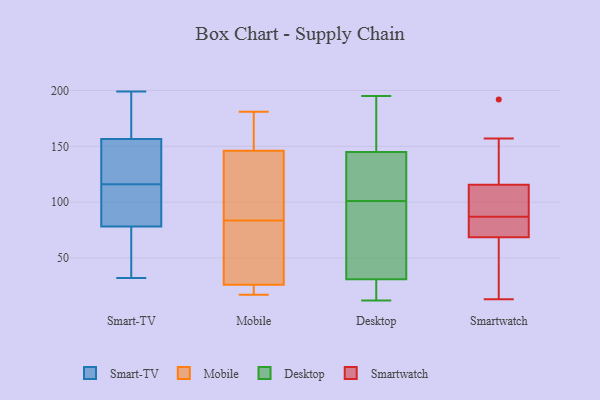
{"axis": {"x": "Customer Acquisition Cost (USD)", "y": "Value"}, "legend": ["Desktop", "Mobile", "Smart-TV", "Smartwatch"], "data": [{"x": "", "y": 135, "type": "Smart-TV"}, {"x": "", "y": 148, "type": "Smart-TV"}, {"x": "", "y": 32, "type": "Smart-TV"}, {"x": "", "y": 65, "type": "Smart-TV"}, {"x": "", "y": 199, "type": "Smart-TV"}, {"x": "", "y": 155, "type": "Smart-TV"}, {"x": "", "y": 161, "type": "Smart-TV"}, {"x": "", "y": 161, "type": "Smart-TV"}, {"x": "", "y": 92, "type": "Smart-TV"}, {"x": "", "y": 54, "type": "Smart-TV"}, {"x": "", "y": 67, "type": "Smart-TV"}, {"x": "", "y": 116, "type": "Smart-TV"}, {"x": "", "y": 116, "type": "Smart-TV"}, {"x": "", "y": 163, "type": "Smart-TV"}, {"x": "", "y": 127, "type": "Smart-TV"}, {"x": "", "y": 90, "type": "Smart-TV"}, {"x": "", "y": 82, "type": "Smart-TV"}, {"x": "", "y": 146, "type": "Mobile"}, {"x": "", "y": 132, "type": "Mobile"}, {"x": "", "y": 104, "type": "Mobile"}, {"x": "", "y": 63, "type": "Mobile"}, {"x": "", "y": 49, "type": "Mobile"}, {"x": "", "y": 181, "type": "Mobile"}, {"x": "", "y": 17, "type": "Mobile"}, {"x": "", "y": 26, "type": "Mobile"}, {"x": "", "y": 23, "type": "Mobile"}, {"x": "", "y": 179, "type": "Mobile"}, {"x": "", "y": 115, "type": "Desktop"}, {"x": "", "y": 31, "type": "Desktop"}, {"x": "", "y": 65, "type": "Desktop"}, {"x": "", "y": 39, "type": "Desktop"}, {"x": "", "y": 154, "type": "Desktop"}, {"x": "", "y": 16, "type": "Desktop"}, {"x": "", "y": 174, "type": "Desktop"}, {"x": "", "y": 108, "type": "Desktop"}, {"x": "", "y": 136, "type": "Desktop"}, {"x": "", "y": 161, "type": "Desktop"}, {"x": "", "y": 86, "type": "Desktop"}, {"x": "", "y": 12, "type": "Desktop"}, {"x": "", "y": 31, "type": "Desktop"}, {"x": "", "y": 94, "type": "Desktop"}, {"x": "", "y": 178, "type": "Desktop"}, {"x": "", "y": 26, "type": "Desktop"}, {"x": "", "y": 128, "type": "Desktop"}, {"x": "", "y": 17, "type": "Desktop"}, {"x": "", "y": 195, "type": "Desktop"}, {"x": "", "y": 110, "type": "Desktop"}, {"x": "", "y": 92, "type": "Smartwatch"}, {"x": "", "y": 13, "type": "Smartwatch"}, {"x": "", "y": 192, "type": "Smartwatch"}, {"x": "", "y": 157, "type": "Smartwatch"}, {"x": "", "y": 28, "type": "Smartwatch"}, {"x": "", "y": 68, "type": "Smartwatch"}, {"x": "", "y": 96, "type": "Smartwatch"}, {"x": "", "y": 87, "type": "Smartwatch"}, {"x": "", "y": 74, "type": "Smartwatch"}, {"x": "", "y": 122, "type": "Smartwatch"}, {"x": "", "y": 70, "type": "Smartwatch"}]}